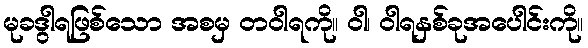
မုခဒွါရဖြစ်သော အစမှ တဝါရကို။ ဝါ၊ ဝါရနှစ်ခုအပေါင်းကို။